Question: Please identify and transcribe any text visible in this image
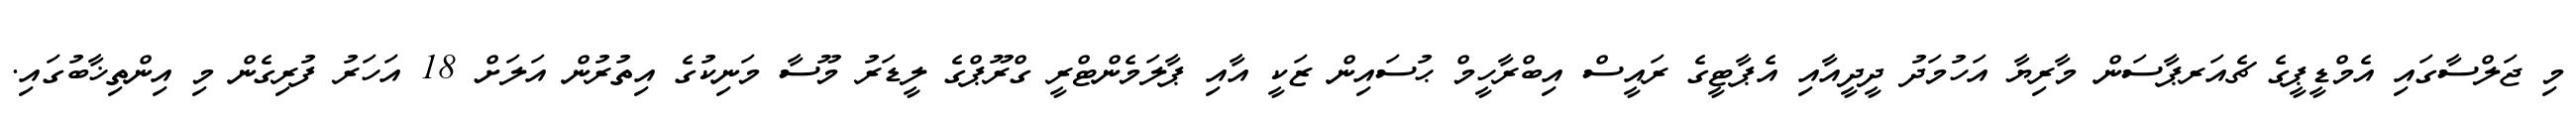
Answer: މި ޖަލްސާގައި އެމްޑީޕީގެ ޗެއަރޕާސަން މާރިޔާ އަހުމަދު ދީދީއާއި އެޕާޓީގެ ރައީސް އިބްރާހީމް ޙުސައިން ޒަކީ އާއި ޕާލަމެންޓްރީ ގްރޫޕްގެ ލީޑަރު މޫސާ މަނިކުގެ އިތުރުން އަލަށް 18 އަހަރު ފުރިގެން މި އިންތިޚާބުގައި.